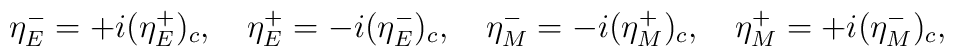
\eta^-_E=+i(\eta^+_E)_c,\quad\eta^+_E=-i(\eta^-_E)_c,\quad\eta^-_M=-i(\eta^+_M)_c,\quad\eta^+_M=+i(\eta^-_M)_c,